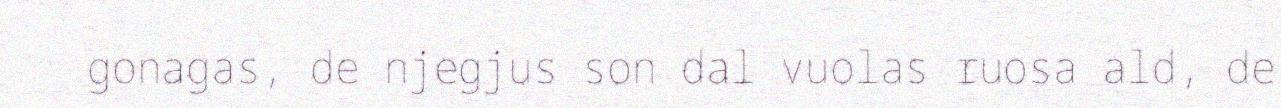
gonagas, de njegjus son dal vuolas ruosa ald, de